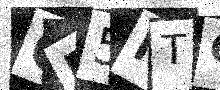
Text: GE5NTQ